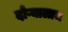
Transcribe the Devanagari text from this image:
दोऱ्यालाच